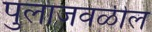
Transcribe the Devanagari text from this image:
पुलाजवळील